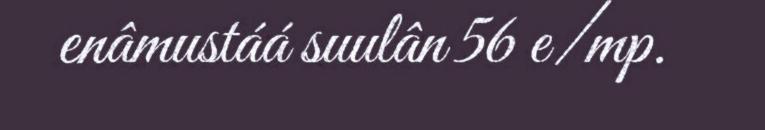
enâmustáá suulân 56 e/mp.